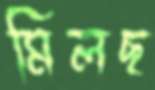
মিলছ